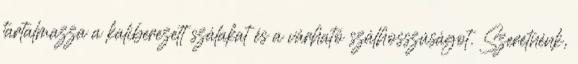
tartalmazza a kaliberezett szálakat és a várható szálhosszúságot. Szeretnénk,